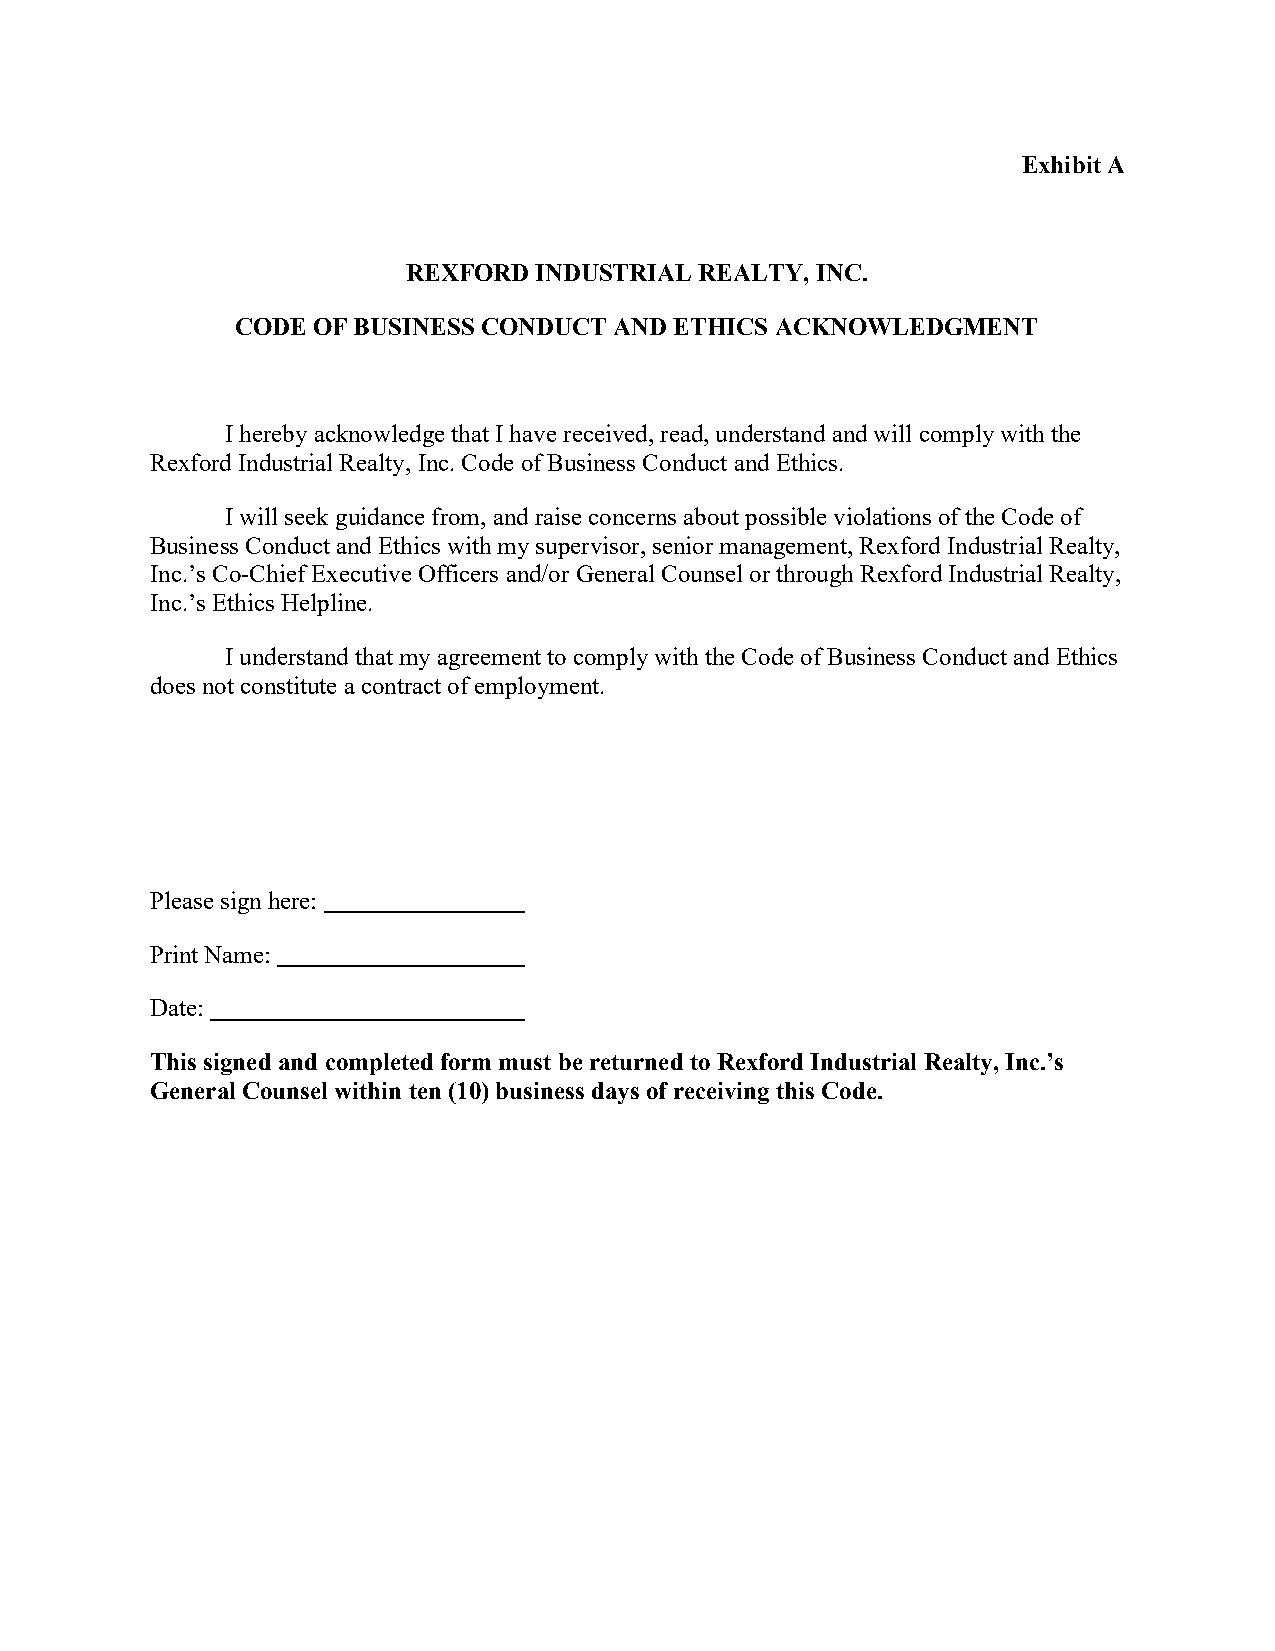
Exhibit A
 REXFORD INDUSTRIAL REALTY, INC.
 CODE OF BUSINESS CONDUCT AND ETHICS ACKNOWLEDGMENT
 I hereby acknowledge that I have received, read, understand and will comply with the
 Rexford Industrial Realty, Inc. Code of Business Conduct and Ethics.
 I will seek guidance from, and raise concerns about possible violations of the Code of
 Business Conduct and Ethics with my supervisor, senior management, Rexford Industrial Realty,
 Inc.’s Co-Chief Executive Officers and/or General Counsel or through Rexford Industrial Realty,
 Inc.’s Ethics Helpline.
 I understand that my agreement to comply with the Code of Business Conduct and Ethics
 does not constitute a contract of employment.
 Please sign here:
 Print Name:
 Date:
 This signed and completed form must be returned to Rexford Industrial Realty, Inc.’s
 General Counsel within ten (10) business days of receiving this Code.